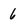
Character: 6